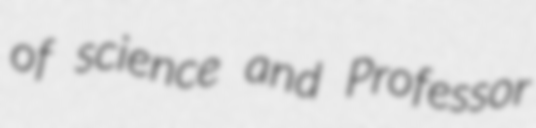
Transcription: of science and Professor